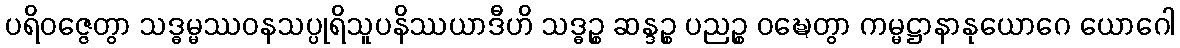
ပရိဝဇ္ဇေတွာ သဒ္ဓမ္မဿဝနသပ္ပုရိသူပနိဿယာဒီဟိ သဒ္ဓဉ္စ ဆန္ဒဉ္စ ပညဉ္စ ဝဍ္ဎေတွာ ကမ္မဋ္ဌာနာနုယောဂေ ယောဂေါ